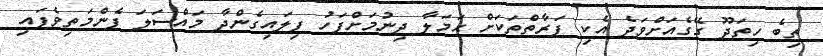
ތިބެ ހިތަދޫ ގޭގެއަށްވަދެ އެކި ފަރާތްތަކަށް ޙަމަލާ ދިނުމަށްފަހު ފިލައިގެންދާ މައްސަލަ ފެންމަތިވެފައި